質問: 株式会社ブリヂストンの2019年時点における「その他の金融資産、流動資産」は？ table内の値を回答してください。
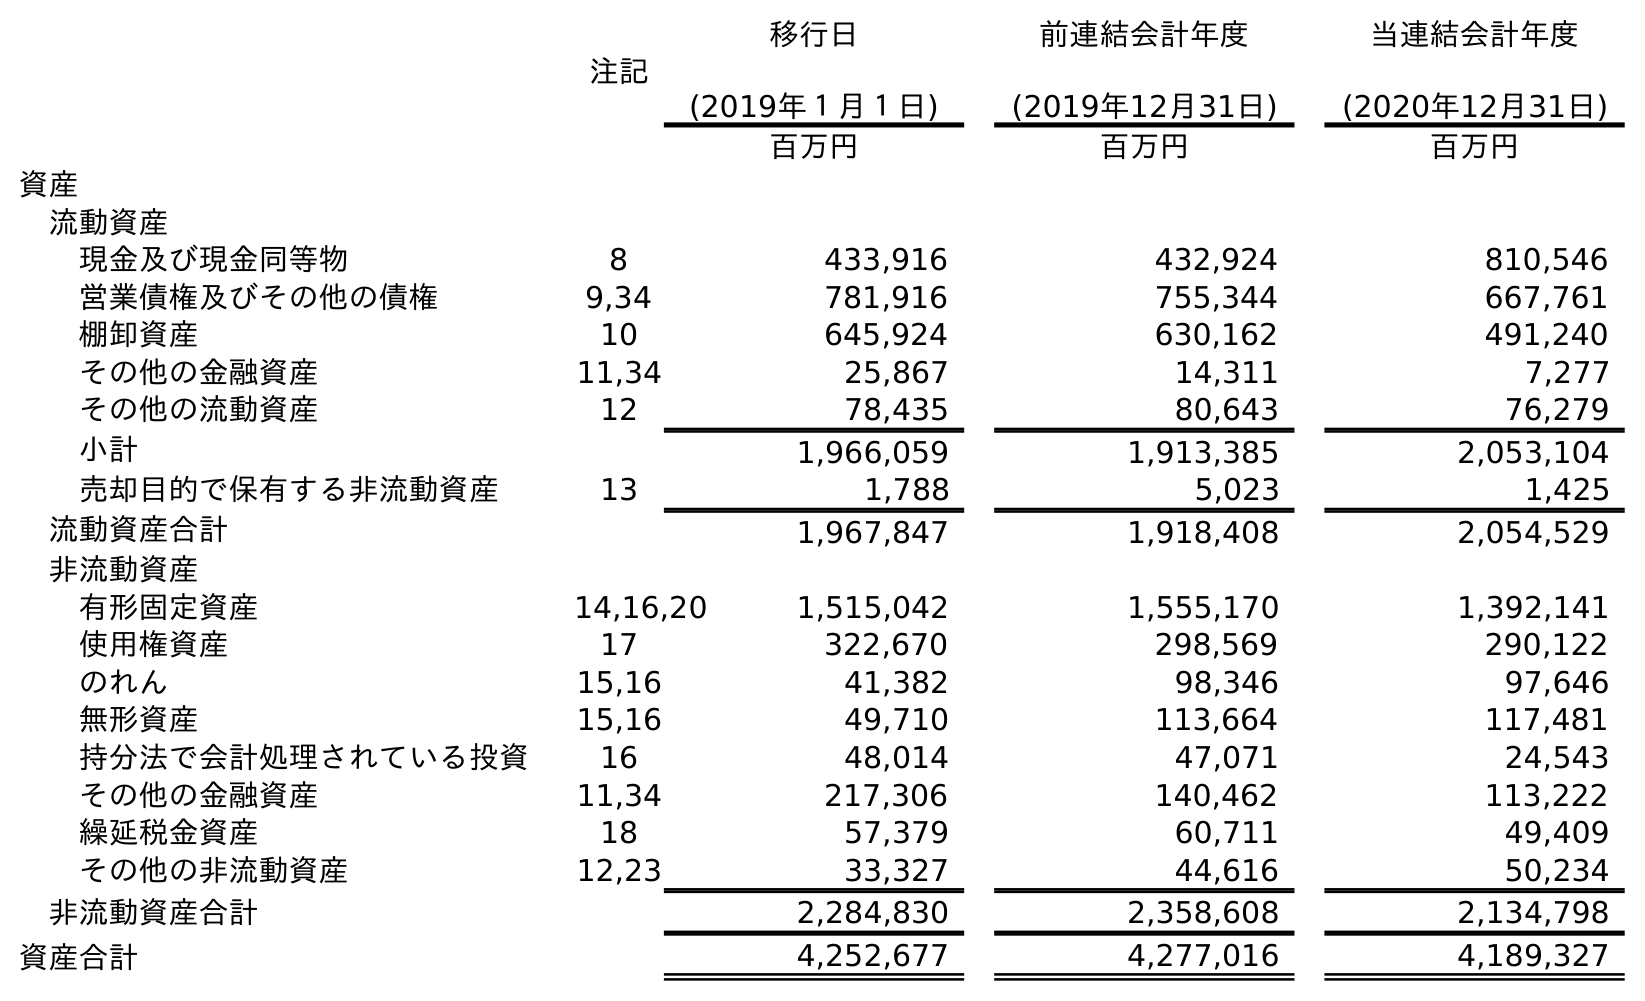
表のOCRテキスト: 注記 移行日 (2019年１月１日) 前連結会計年度 (2019年12月31日) 当連結会計年度 (2020年12月31日) 百万円 百万円 百万円 資産 流動資産 現金及び現金同等物 8 433,916 432,924 810,546 営業債権及びその他の債権 9,34 781,916 755,344 667,761 棚卸資産 10 645,924 630,162 491,240 その他の金融資産 11,34 25,867 14,311 7,277 その他の流動資産 12 78,435 80,643 76,279 小計 1,966,059 1,913,385 2,053,104 売却目的で保有する非流動資産 13 1,788 5,023 1,425 流動資産合計 1,967,847 1,918,408 2,054,529 非流動資産 有形固定資産 14,16,20 1,515,042 1,555,170 1,392,141 使用権資産 17 322,670 298,569 290,122 のれん 15,16 41,382 98,346 97,646 無形資産 15,16 49,710 113,664 117,481 持分法で会計処理されている投資 16 48,014 47,071 24,543 その他の金融資産 11,34 217,306 140,462 113,222 繰延税金資産 18 57,379 60,711 49,409 その他の非流動資産 12,23 33,327 44,616 50,234 非流動資産合計 2,284,830 2,358,608 2,134,798 資産合計 4,252,677 4,277,016 4,189,327
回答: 14,311